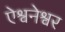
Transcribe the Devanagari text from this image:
ऐश्वनेश्वर